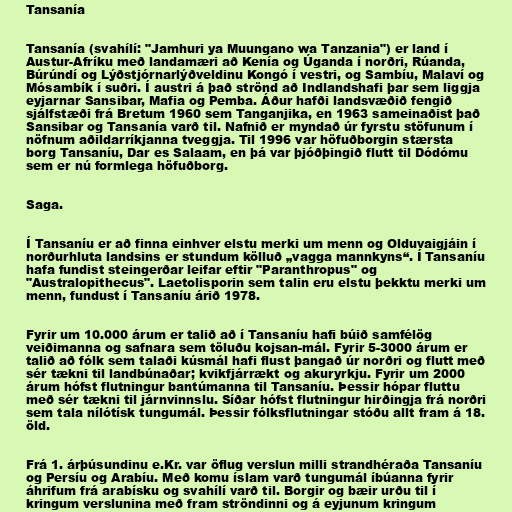
Tansanía

Tansanía (svahílí: "Jamhuri ya Muungano wa Tanzania") er land í
Austur-Afríku með landamæri að Kenía og Úganda í norðri, Rúanda,
Búrúndí og Lýðstjórnarlýðveldinu Kongó í vestri, og Sambíu, Malaví og
Mósambík í suðri. Í austri á það strönd að Indlandshafi þar sem liggja
eyjarnar Sansibar, Mafia og Pemba. Áður hafði landsvæðið fengið
sjálfstæði frá Bretum 1960 sem Tanganjika, en 1963 sameinaðist það
Sansibar og Tansanía varð til. Nafnið er myndað úr fyrstu stöfunum í
nöfnum aðildarríkjanna tveggja. Til 1996 var höfuðborgin stærsta
borg Tansaníu, Dar es Salaam, en þá var þjóðþingið flutt til Dódómu
sem er nú formlega höfuðborg.

Saga.

Í Tansaníu er að finna einhver elstu merki um menn og Olduvaigjáin í
norðurhluta landsins er stundum kölluð „vagga mannkyns“. Í Tansaníu
hafa fundist steingerðar leifar eftir "Paranthropus" og
"Australopithecus". Laetolisporin sem talin eru elstu þekktu merki um
menn, fundust í Tansaníu árið 1978.

Fyrir um 10.000 árum er talið að í Tansaníu hafi búið samfélög
veiðimanna og safnara sem töluðu kojsan-mál. Fyrir 5-3000 árum er
talið að fólk sem talaði kúsmál hafi flust þangað úr norðri og flutt með
sér tækni til landbúnaðar; kvikfjárrækt og akuryrkju. Fyrir um 2000
árum hófst flutningur bantúmanna til Tansaníu. Þessir hópar fluttu
með sér tækni til járnvinnslu. Síðar hófst flutningur hirðingja frá norðri
sem tala nílótísk tungumál. Þessir fólksflutningar stóðu allt fram á 18.
öld.

Frá 1. árþúsundinu e.Kr. var öflug verslun milli strandhéraða Tansaníu
og Persíu og Arabíu. Með komu íslam varð tungumál íbúanna fyrir
áhrifum frá arabísku og svahílí varð til. Borgir og bæir urðu til í
kringum verslunina með fram ströndinni og á eyjunum kringum